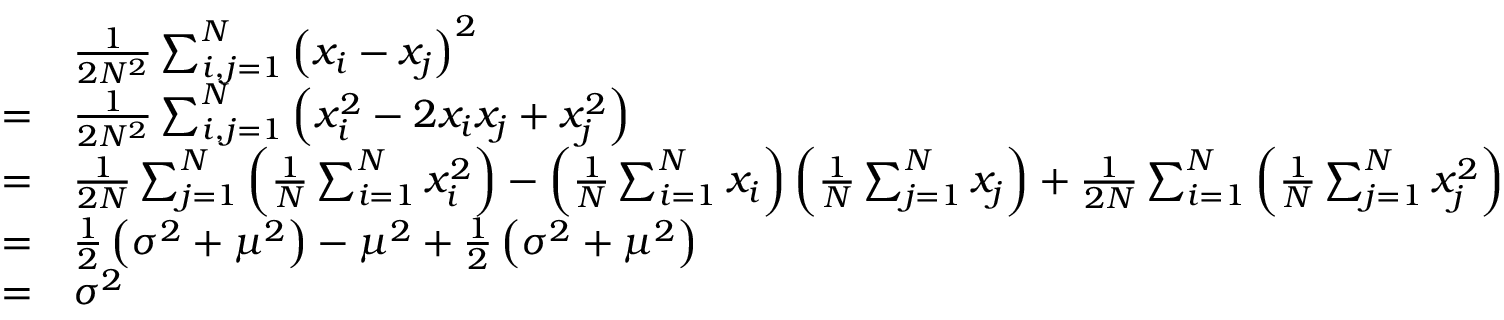
{ \begin{array} { r l } & { { \frac { 1 } { 2 N ^ { 2 } } } \sum _ { i , j = 1 } ^ { N } \left( x _ { i } - x _ { j } \right) ^ { 2 } } \\ { = } & { { \frac { 1 } { 2 N ^ { 2 } } } \sum _ { i , j = 1 } ^ { N } \left( x _ { i } ^ { 2 } - 2 x _ { i } x _ { j } + x _ { j } ^ { 2 } \right) } \\ { = } & { { \frac { 1 } { 2 N } } \sum _ { j = 1 } ^ { N } \left( { \frac { 1 } { N } } \sum _ { i = 1 } ^ { N } x _ { i } ^ { 2 } \right) - \left( { \frac { 1 } { N } } \sum _ { i = 1 } ^ { N } x _ { i } \right) \left( { \frac { 1 } { N } } \sum _ { j = 1 } ^ { N } x _ { j } \right) + { \frac { 1 } { 2 N } } \sum _ { i = 1 } ^ { N } \left( { \frac { 1 } { N } } \sum _ { j = 1 } ^ { N } x _ { j } ^ { 2 } \right) } \\ { = } & { { \frac { 1 } { 2 } } \left( \sigma ^ { 2 } + \mu ^ { 2 } \right) - \mu ^ { 2 } + { \frac { 1 } { 2 } } \left( \sigma ^ { 2 } + \mu ^ { 2 } \right) } \\ { = } & { \sigma ^ { 2 } } \end{array} }